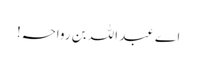
اے عبد اللہ بن رواحہ!